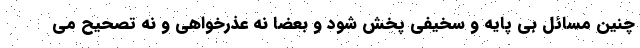
چنین مسائل بی پایه و سخیفی پخش شود و بعضا نه عذرخواهی و نه تصحیح می